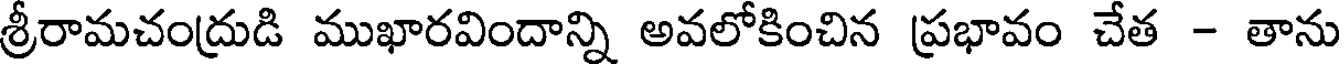
శ్రీరామచంద్రుడి ముఖారవిందాన్ని అవలోకించిన ప్రభావం చేత - తాను